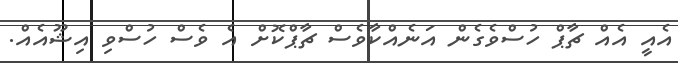
އެއީ އެއް ޗާޕް ހުސްވެގެން އަނެއްކާވެސް ޗާޕްކޮށް އެ ވެސް ހުސްވި އިޝޫއެއް.